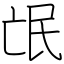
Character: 氓